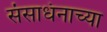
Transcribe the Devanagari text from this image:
संसाधंनाच्या